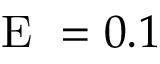
\mathrm { ~ E ~ } = 0 . 1